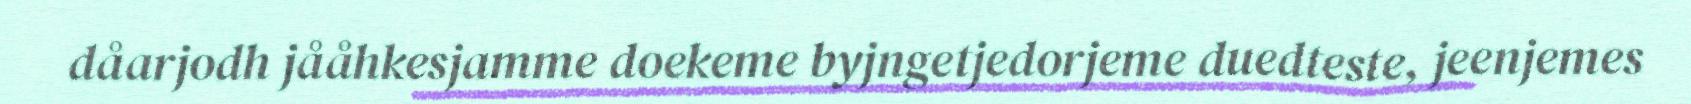
dåarjodh jååhkesjamme doekeme byjngetjedorjeme duedteste, jeenjemes